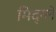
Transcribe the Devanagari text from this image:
मिद्ग्ले